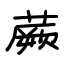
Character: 蕨